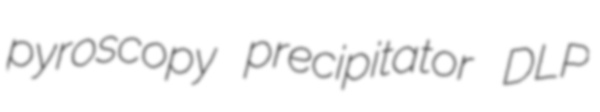
pyroscopy precipitator DLP